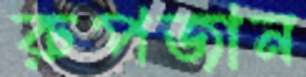
রুপজান